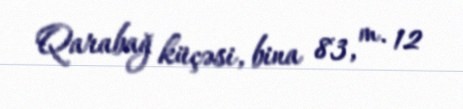
Qarabağ küçəsi, bina 83, m. 12